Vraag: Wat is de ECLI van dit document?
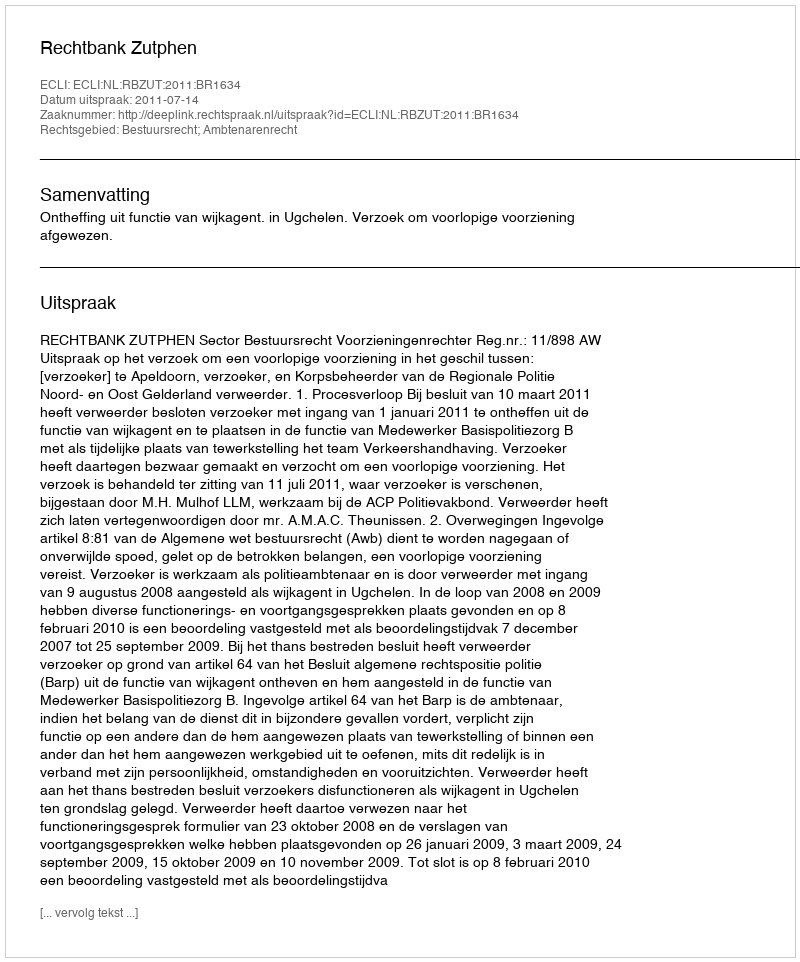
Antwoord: ECLI:NL:RBZUT:2011:BR1634